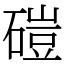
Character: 磑